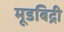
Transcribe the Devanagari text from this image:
मूडबिद्री